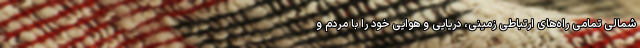
شمالی تمامی راه‌های ارتباطی زمینی، دریایی و هوایی خود را با مردم و